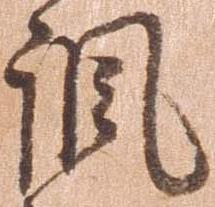
諷